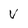
Character: v